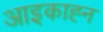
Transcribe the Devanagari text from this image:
आइकाह्न